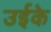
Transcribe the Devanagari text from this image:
उईके